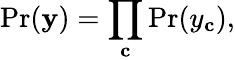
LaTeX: \mathrm{Pr}(\mathbf{y})=\prod_{\mathbf{c}}\mathrm{Pr}(y_{\mathbf{c}}),